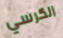
الكرسي